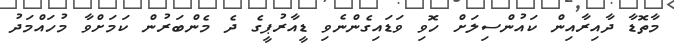
މާތޮޑާ ދާއިރާއިން ކައުންސިލަށް ހޮވި ވަޑައިގެންނެވި ޑީއާރުޕީގެ ދެ މެންބަރުން ކަމަށްވާ މުހައްމަދު